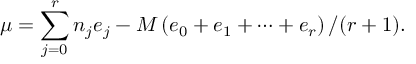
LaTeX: \mu = \sum _ { j = 0 } ^ { r } n _ { j } e _ { j } - M \left( e _ { 0 } + e _ { 1 } + \cdots + e _ { r } \right) / ( r + 1 ) .